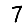
Digit: 7